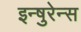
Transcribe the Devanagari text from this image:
इन्षुरेन्स